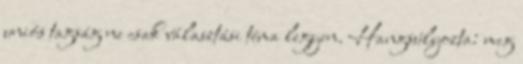
uniós tagság ne csak választási téma legyen. Hangsúlyozta: meg